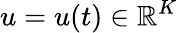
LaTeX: u=u(t)\in\mathbb{R}^{K}